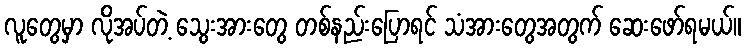
လူတွေမှာ လိုအပ်တဲ့ သွေးအားတွေ တစ်နည်းပြောရင် သံအားတွေအတွက် ဆေးဖော်ရမယ်။